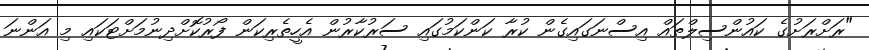
"ރަށްރަށުގެ ކައުންސިލްތައް އިސްނަގައިގެން ކުރާ ކަންކަމުގައި ސަރުކާރުން އެހީތެރިކަން ފޯރުކޮށްދިނުމަށްޓަކައި މި އަންނަ